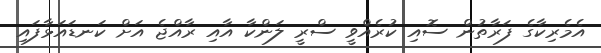
އެމެރިކާގެ ފަރާތުން ސޮއި ކުރެއްވީ ސްރީ ލަންކާ އާއި ރާއްޖެ އަށް ކަނޑައަޅާފައި